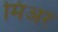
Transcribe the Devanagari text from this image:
मिअर